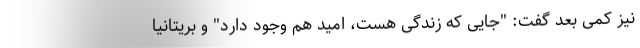
نیز کمی بعد گفت: "جایی که زندگی هست، امید هم وجود دارد" و بریتانیا